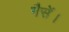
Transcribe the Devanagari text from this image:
गैसें।